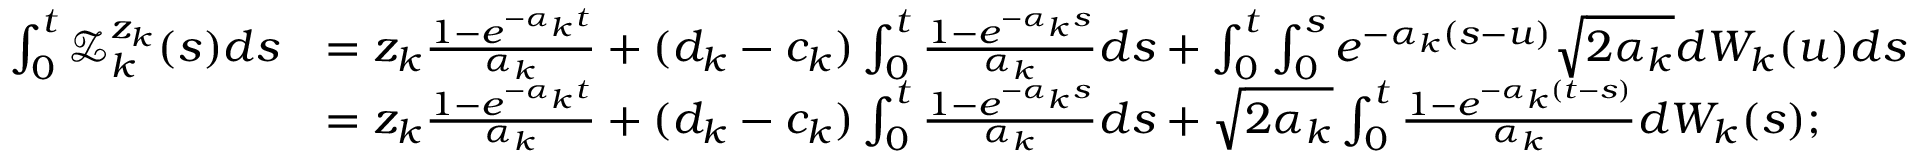
\begin{array} { r l } { \int _ { 0 } ^ { t } \mathcal { Z } _ { k } ^ { z _ { k } } ( s ) d s } & { = z _ { k } \frac { 1 - e ^ { - \alpha _ { k } t } } { \alpha _ { k } } + ( d _ { k } - c _ { k } ) \int _ { 0 } ^ { t } \frac { 1 - e ^ { - \alpha _ { k } s } } { \alpha _ { k } } d s + \int _ { 0 } ^ { t } \int _ { 0 } ^ { s } e ^ { - \alpha _ { k } ( s - u ) } \sqrt { 2 \alpha _ { k } } d W _ { k } ( u ) d s } \\ & { = z _ { k } \frac { 1 - e ^ { - \alpha _ { k } t } } { \alpha _ { k } } + ( d _ { k } - c _ { k } ) \int _ { 0 } ^ { t } \frac { 1 - e ^ { - \alpha _ { k } s } } { \alpha _ { k } } d s + \sqrt { 2 \alpha _ { k } } \int _ { 0 } ^ { t } \frac { 1 - e ^ { - \alpha _ { k } ( t - s ) } } { \alpha _ { k } } d W _ { k } ( s ) ; } \end{array}